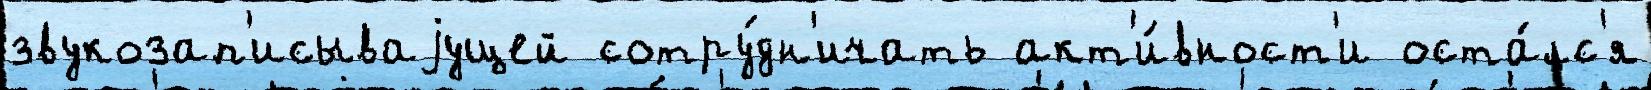
звукозап'исываjущей сотру́дн'ичать акт'и́вност'и оста́лс'я